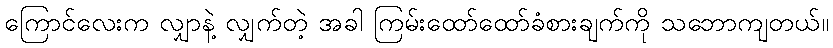
ကြောင်လေးက လျှာနဲ့ လျှက်တဲ့ အခါ ကြမ်းထော်ထော်ခံစားချက်ကို သဘောကျတယ်။